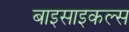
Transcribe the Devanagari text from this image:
बाइसाइकल्स